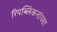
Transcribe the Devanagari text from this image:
रिपब्लिकनांच्या